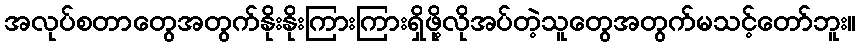
အလုပ်စတာတွေအတွက်နိုးနိုးကြားကြားရှိဖို့လိုအပ်တဲ့သူတွေအတွက်မသင့်တော်ဘူး။